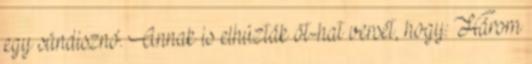
egy sündisznó. Annak is elhúzták öt-hat versét, hogy: Három